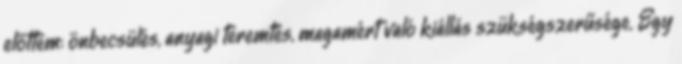
előttem: önbecsülés, anyagi teremtés, magamért való kiállás szükségszerűsége. Egy